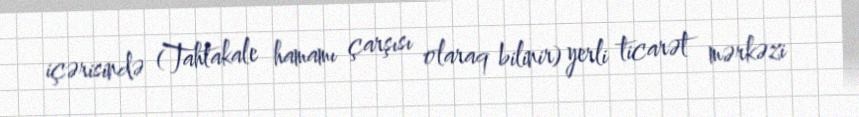
içərisində (Tahtakale hamamı çarşısı olaraq bilinir) yerli ticarət mərkəzi